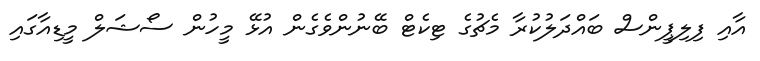
އާއި ފިލިޕީންސް ބައްދަލުކުރާ މެޗުގެ ޓިކެޓް ބޭނުންވެގެން އުޅޭ މީހުން ސޯޝަލް މީޑިއާގައި